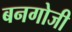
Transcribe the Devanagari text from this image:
बनगोजी